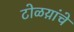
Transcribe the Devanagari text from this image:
टोळय़ांचे